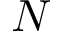
N